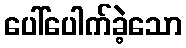
ပေါ်ပေါက်ခဲ့သော